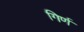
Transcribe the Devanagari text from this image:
गिर्ण